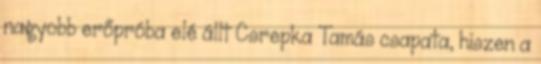
nagyobb erőpróba elé állt Csrepka Tamás csapata, hiszen a